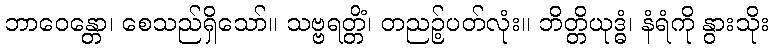
ဘာဝေန္တော၊ စေသည်ရှိသော်။ သဗ္ဗရတ္တိံ၊ တညဉ့်ပတ်လုံး။ ဘိတ္တိယုဒ္ဓံ၊ နံရံကို နွားသိုး